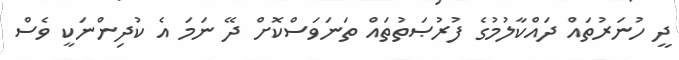
ދީ ހުނަރުތައް ދައްކާލުމުގެ ފުރުޞަތުތައް ތަނަވަސްކޮށް ދޭ ނަމަ އެ ކުދިންނަކީ ވެސް